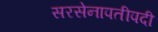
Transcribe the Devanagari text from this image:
सरसेनापतीपदी